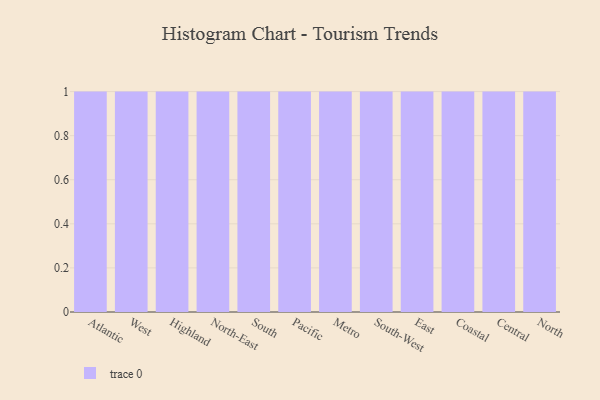
{"axis": {"x": "Region", "y": "Backlog"}, "legend": [""], "data": [{"x": "Atlantic", "y": 64, "type": ""}, {"x": "West", "y": 77, "type": ""}, {"x": "Highland", "y": 95, "type": ""}, {"x": "North-East", "y": 82, "type": ""}, {"x": "South", "y": 77, "type": ""}, {"x": "Pacific", "y": 52, "type": ""}, {"x": "Metro", "y": 80, "type": ""}, {"x": "South-West", "y": 8, "type": ""}, {"x": "East", "y": 59, "type": ""}, {"x": "Coastal", "y": 36, "type": ""}, {"x": "Central", "y": 10, "type": ""}, {"x": "North", "y": 45, "type": ""}]}